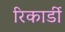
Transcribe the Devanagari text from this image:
रिकार्डी